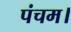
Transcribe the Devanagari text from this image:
पंचम।